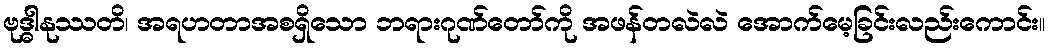
ဗုဒ္ဓါနုဿတိ၊ အရဟတာအစရှိသော ဘရားဂုဏ်တော်ကို အဖန်တလဲလဲ အောက်မေ့ခြင်းလည်းကောင်း။